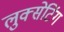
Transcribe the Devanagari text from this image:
लुक्सेटिंग